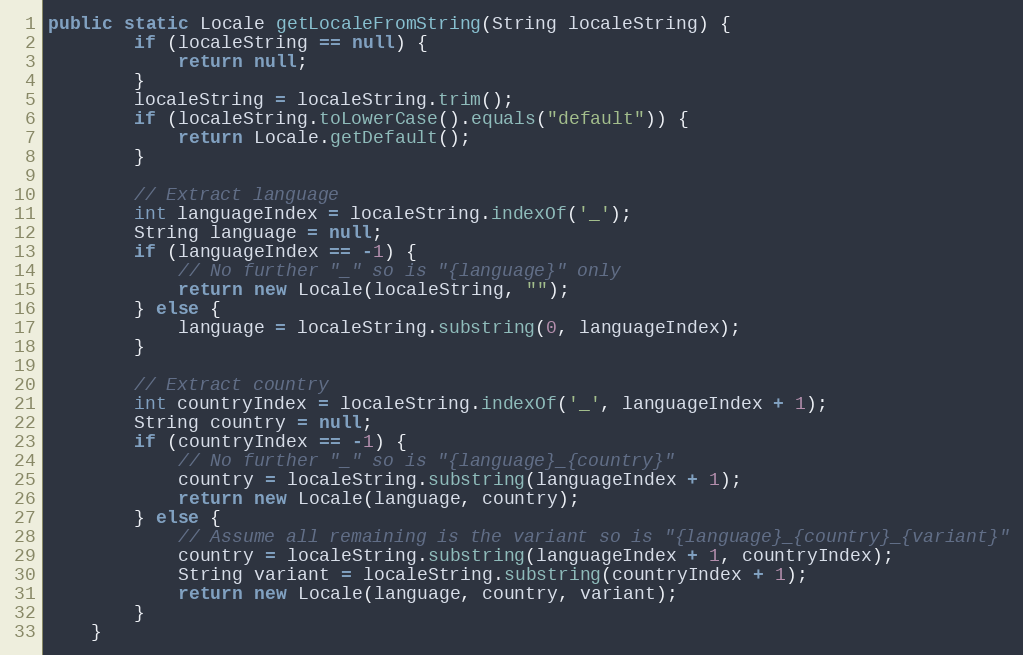
Language: Java
public static Locale getLocaleFromString(String localeString) {
        if (localeString == null) {
            return null;
        }
        localeString = localeString.trim();
        if (localeString.toLowerCase().equals("default")) {
            return Locale.getDefault();
        }

        // Extract language
        int languageIndex = localeString.indexOf('_');
        String language = null;
        if (languageIndex == -1) {
            // No further "_" so is "{language}" only
            return new Locale(localeString, "");
        } else {
            language = localeString.substring(0, languageIndex);
        }

        // Extract country
        int countryIndex = localeString.indexOf('_', languageIndex + 1);
        String country = null;
        if (countryIndex == -1) {
            // No further "_" so is "{language}_{country}"
            country = localeString.substring(languageIndex + 1);
            return new Locale(language, country);
        } else {
            // Assume all remaining is the variant so is "{language}_{country}_{variant}"
            country = localeString.substring(languageIndex + 1, countryIndex);
            String variant = localeString.substring(countryIndex + 1);
            return new Locale(language, country, variant);
        }
    }